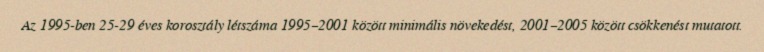
Az 1995-ben 25-29 éves korosztály létszáma 1995–2001 között minimális növekedést, 2001–2005 között csökkenést mutatott.